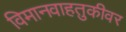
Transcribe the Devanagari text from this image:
विमानवाहतुकीवर